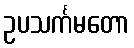
ဥပသင်္ကမတော